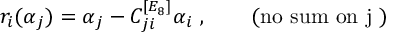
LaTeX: \quad r _ { i } ( \alpha _ { j } ) = \alpha _ { j } - C _ { j i } ^ { [ E _ { 8 } ] } \alpha _ { i } ~ , \qquad \mathrm { ( n o ~ s u m ~ o n ~ j ~ ) }